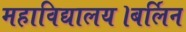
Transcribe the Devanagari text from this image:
महाविद्यालय।बर्लिन